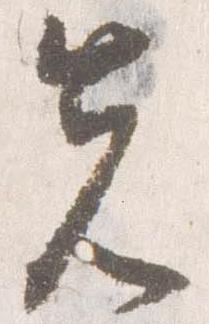
先